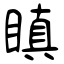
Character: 瞋